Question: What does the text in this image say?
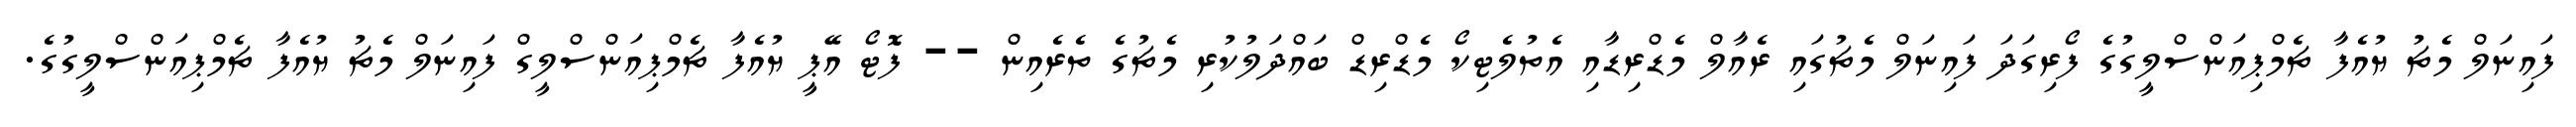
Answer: ފައިނަލް މެޗު ޔުއެފާ ޗެމްޕިއަންސްލީގުގެ ފޯރިގަދަ ފައިނަލް މެޗުގައި ރެއާލް މެޑްރިޑާއި އެތުލެޓިކޯ މެޑްރިޑް ބައްދަލުކުރި މެޗުގެ ތެރެއިން -- ފޮޓޯ އޭޕީ ޔުއެފާ ޗެމްޕިއަންސްލީގް ފައިނަލް މެޗު ޔުއެފާ ޗެމްޕިއަންސްލީގުގެ.